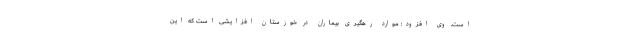
است. وی افزود: موارد رهگیری بیماران در خوزستان افزایشی است که این